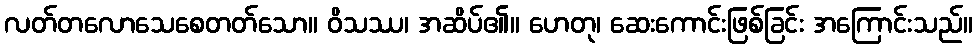
လတ်တလောသေစေတတ်သော။ ဝိသဿ၊ အဆိပ်၏။ ဟေတု၊ ဆေးကောင်းဖြစ်ခြင်း အကြောင်းသည်။